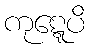
ကုဋ္ဋေပိ